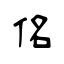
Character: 佲